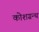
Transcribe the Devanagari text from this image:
कोशग्रन्थ